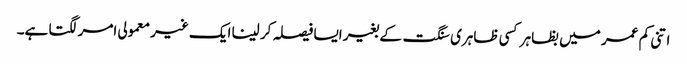
اتنی کم عمر میں بظاہر کسی ظاہری سنگت کے بغیر ایسا فیصلہ کر لینا ایک غیر معمولی امر لگتا ہے۔